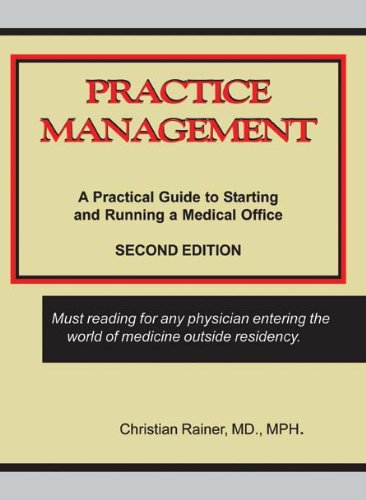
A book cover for Practice Management: A Practical Guide to Starting and Running a Medical Office; Christian Rainer; Business & Money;